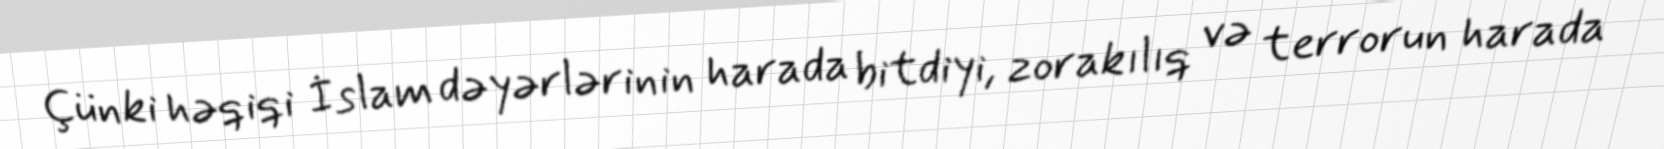
Çünki həqiqi İslam dəyərlərinin harada bitdiyi, zorakılıq və terrorun harada